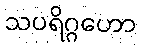
သပရိဂ္ဂဟော